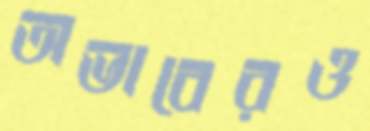
অভাবেরও